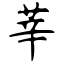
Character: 莘